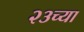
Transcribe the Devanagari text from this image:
२३च्या